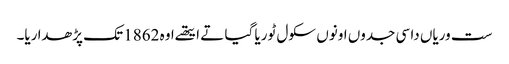
ست وریاں دا سی جدوں اونوں سکول ٹوریا گیا تے ایتھے اوہ 1862 تک پڑھدا ریا۔